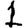
Digit: 1